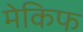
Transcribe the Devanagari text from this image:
मेकिफ